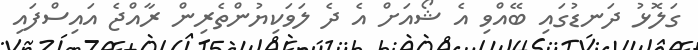
ގަލޮޅު ދަނޑުގައި ބޭއްވި އެ ޝޯއަށް އެ ދެ ލަވަކިޔުންތެރިން ރާއްޖެ އައިސްފައި